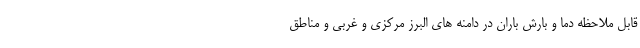
قابل ملاحظه دما و بارش باران در دامنه های البرز مرکزی و غربی و مناطق